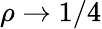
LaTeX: \rho\rightarrow 1/4